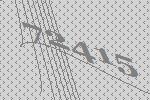
72415